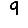
Digit: 9